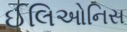
ઈલિઓનિસ